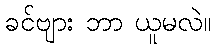
ခင်ဗျား ဘာ ယူမလဲ။